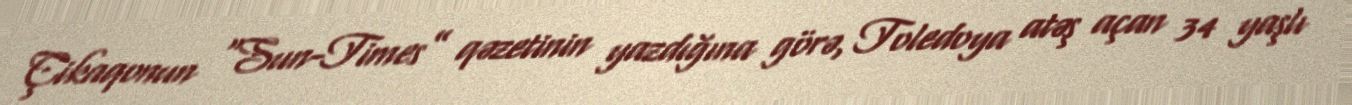
Çikaqonun “Sun-Times” qəzetinin yazdığına görə, Toledoya atəş açan 34 yaşlı